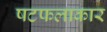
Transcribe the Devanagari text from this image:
षटफलाकार